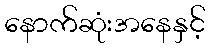
နောက်ဆုံးအနေနှင့်